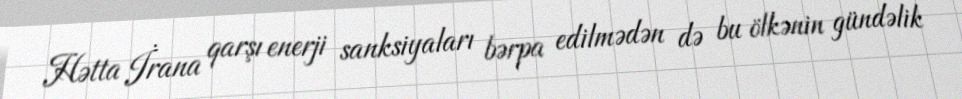
Hətta İrana qarşı enerji sanksiyaları bərpa edilmədən də bu ölkənin gündəlik